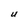
Character: U